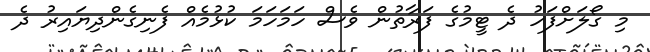
މި ގޯލަށްފަހު ދެ ޓީމުގެ ފަރާތުން ވެސް ހަމަހަމަ ކުޅުމެއް ފެނިގެންދިޔައިރު ދެ